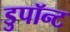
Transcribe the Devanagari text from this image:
डुपॉन्ट